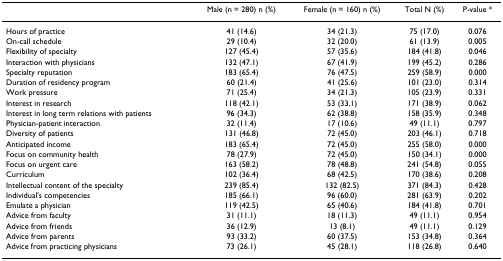
<table><thead><tr><td></td><td><b>Male (n = 280) n (%)</b></td><td><b>Female (n = 160) n (%)</b></td><td><b>Total N (%)</b></td><td><b>P-value *</b></td></tr></thead><tbody><tr><td>Hours of practice</td><td>41 (14.6)</td><td>34 (21.3)</td><td>75 (17.0)</td><td>0.076</td></tr><tr><td>On-call schedule</td><td>29 (10.4)</td><td>32 (20.0)</td><td>61 (13.9)</td><td>0.005</td></tr><tr><td>Flexibility of specialty</td><td>127 (45.4)</td><td>57 (35.6)</td><td>184 (41.8)</td><td>0.046</td></tr><tr><td>Interaction with physicians</td><td>132 (47.1)</td><td>67 (41.9)</td><td>199 (45.2)</td><td>0.286</td></tr><tr><td>Specialty reputation</td><td>183 (65.4)</td><td>76 (47.5)</td><td>259 (58.9)</td><td>0.000</td></tr><tr><td>Duration of residency program</td><td>60 (21.4)</td><td>41 (25.6)</td><td>101 (23.0)</td><td>0.314</td></tr><tr><td>Work pressure</td><td>71 (25.4)</td><td>34 (21.3)</td><td>105 (23.9)</td><td>0.331</td></tr><tr><td>Interest in research</td><td>118 (42.1)</td><td>53 (33.1)</td><td>171 (38.9)</td><td>0.062</td></tr><tr><td>Interest in long term relations with patients</td><td>96 (34.3)</td><td>62 (38.8)</td><td>158 (35.9)</td><td>0.348</td></tr><tr><td>Physician-patient interaction</td><td>32 (11.4)</td><td>17 (10.6)</td><td>49 (11.1)</td><td>0.797</td></tr><tr><td>Diversity of patients</td><td>131 (46.8)</td><td>72 (45.0)</td><td>203 (46.1)</td><td>0.718</td></tr><tr><td>Anticipated income</td><td>183 (65.4)</td><td>72 (45.0)</td><td>255 (58.0)</td><td>0.000</td></tr><tr><td>Focus on community health</td><td>78 (27.9)</td><td>72 (45.0)</td><td>150 (34.1)</td><td>0.000</td></tr><tr><td>Focus on urgent care</td><td>163 (58.2)</td><td>78 (48.8)</td><td>241 (54.8)</td><td>0.055</td></tr><tr><td>Curriculum</td><td>102 (36.4)</td><td>68 (42.5)</td><td>170 (38.6)</td><td>0.208</td></tr><tr><td>Intellectual content of the specialty</td><td>239 (85.4)</td><td>132 (82.5)</td><td>371 (84.3)</td><td>0.428</td></tr><tr><td>Individual&#x27;s competencies</td><td>185 (66.1)</td><td>96 (60.0)</td><td>281 (63.9)</td><td>0.202</td></tr><tr><td>Emulate a physician</td><td>119 (42.5)</td><td>65 (40.6)</td><td>184 (41.8)</td><td>0.701</td></tr><tr><td>Advice from faculty</td><td>31 (11.1)</td><td>18 (11.3)</td><td>49 (11.1)</td><td>0.954</td></tr><tr><td>Advice from friends</td><td>36 (12.9)</td><td>13 (8.1)</td><td>49 (11.1)</td><td>0.129</td></tr><tr><td>Advice from parents</td><td>93 (33.2)</td><td>60 (37.5)</td><td>153 (34.8)</td><td>0.364</td></tr><tr><td>Advice from practicing physicians</td><td>73 (26.1)</td><td>45 (28.1)</td><td>118 (26.8)</td><td>0.640</td></tr></tbody></table>